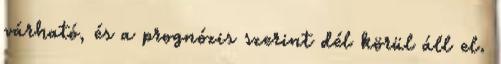
várható, és a prognózis szerint dél körül áll el.